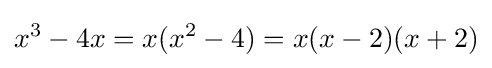
x^{3}-4x=x(x^{2}-4)=x(x-2)(x+2)